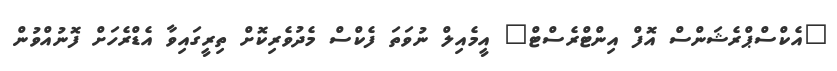
"އެކްސްޕްރެޝަންސް އޮފް އިންޓްރެސްޓް" އީމެއިލް ނުވަތަ ފެކްސް މެދުވެރިކޮށް ތިރީގައިވާ އެޑްރެހަށް ފޮނުއްވުން